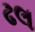
ઢલ